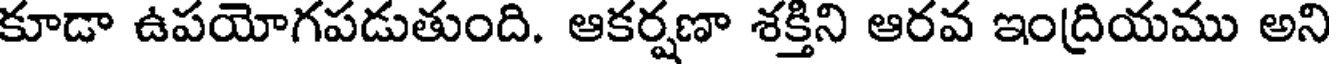
కూడా ఉపయోగపడుతుంది. ఆకర్షణా శక్తిని ఆరవ ఇంద్రియము అని